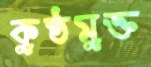
কুষ্ঠমুক্ত